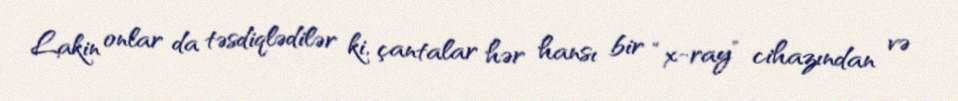
Lakin onlar da təsdiqlədilər ki, çantalar hər hansı bir “x-ray” cihazından və